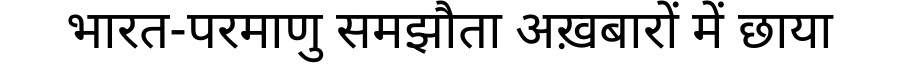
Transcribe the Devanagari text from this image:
भारत-परमाणु समझौता अख़बारों में छाया